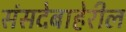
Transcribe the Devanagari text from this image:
संसदेबाहेरील